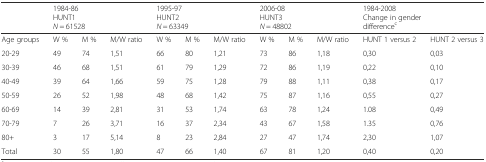
<table><thead><tr><td></td><td colspan="3"><b>1984-86HUNT1<i>N</i> = 61528</b></td><td colspan="3"><b>1995-97HUNT2<i>N</i> = 63349</b></td><td colspan="3"><b>2006-08HUNT3<i>N</i> = 48802</b></td><td colspan="2"><b>1984-2008Change in gender difference<sup>c</sup></b></td></tr></thead><tbody><tr><td>Age groups</td><td>W %</td><td>M %</td><td>M/W ratio</td><td>W %</td><td>M %</td><td>M/W ratio</td><td>W %</td><td>M %</td><td>M/W ratio</td><td>HUNT 1 versus 2</td><td>HUNT 2 versus 3</td></tr><tr><td>20-29</td><td>49</td><td>74</td><td>1,51</td><td>66</td><td>80</td><td>1,21</td><td>73</td><td>86</td><td>1,18</td><td>0,30</td><td>0,03</td></tr><tr><td>30-39</td><td>46</td><td>68</td><td>1,51</td><td>61</td><td>79</td><td>1,29</td><td>72</td><td>86</td><td>1,19</td><td>0,22</td><td>0,10</td></tr><tr><td>40-49</td><td>39</td><td>64</td><td>1,66</td><td>59</td><td>75</td><td>1,28</td><td>79</td><td>88</td><td>1,11</td><td>0,38</td><td>0,17</td></tr><tr><td>50-59</td><td>26</td><td>52</td><td>1,98</td><td>48</td><td>68</td><td>1,42</td><td>75</td><td>87</td><td>1,16</td><td>0,55</td><td>0,27</td></tr><tr><td>60-69</td><td>14</td><td>39</td><td>2,81</td><td>31</td><td>53</td><td>1,74</td><td>63</td><td>78</td><td>1,24</td><td>1.08</td><td>0,49</td></tr><tr><td>70-79</td><td>7</td><td>26</td><td>3,71</td><td>16</td><td>37</td><td>2,34</td><td>43</td><td>67</td><td>1,58</td><td>1.35</td><td>0,76</td></tr><tr><td>80+</td><td>3</td><td>17</td><td>5,14</td><td>8</td><td>23</td><td>2,84</td><td>27</td><td>47</td><td>1,74</td><td>2,30</td><td>1,07</td></tr><tr><td>Total</td><td>30</td><td>55</td><td>1,80</td><td>47</td><td>66</td><td>1,40</td><td>67</td><td>81</td><td>1,20</td><td>0,40</td><td>0,20</td></tr></tbody></table>